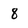
Character: 8